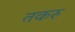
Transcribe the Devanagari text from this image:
तकरु